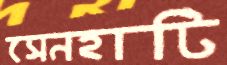
সেনহাটি